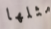
مثلها